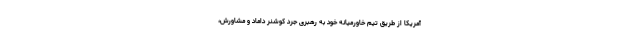
آمریکا از طریق تیم خاورمیانه خود به رهبری جرد کوشنر داماد و مشاورش،